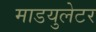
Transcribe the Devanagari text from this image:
माडयुलेटर